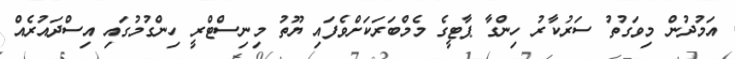
އަމުދުން މިވަގުތު ސަރުކާރު ހިންގާ ޕާޓީގެ މެމްބަރަކަށްވެފައި ޔޫތު މިނިސްޓްރީ ހިންގުމުގައި އިސްދައުރެއް